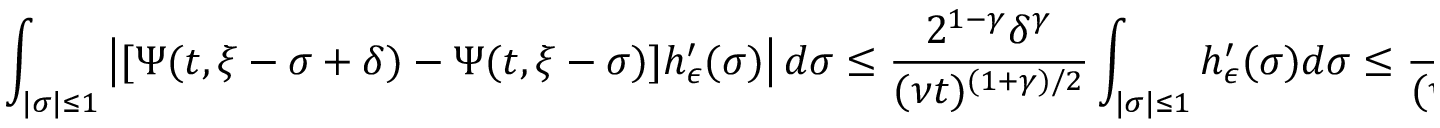
\int _ { | \sigma | \leq 1 } \left| [ \Psi ( t , \xi - \sigma + \delta ) - \Psi ( t , \xi - \sigma ) ] h _ { \epsilon } ^ { \prime } ( \sigma ) \right| d \sigma \leq \frac { 2 ^ { 1 - \gamma } \delta ^ { \gamma } } { ( \nu t ) ^ { ( 1 + \gamma ) / 2 } } \int _ { | \sigma | \leq 1 } h _ { \epsilon } ^ { \prime } ( \sigma ) d \sigma \leq \frac { 2 ^ { - \frac { \gamma + 2 } { 2 } } \delta ^ { \gamma } } { ( \nu t ) ^ { ( 1 + \gamma ) / 2 } } ,